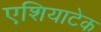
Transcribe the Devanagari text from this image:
एशियाटेक